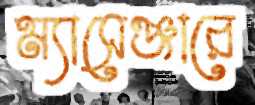
ম্যাসেঞ্জারে